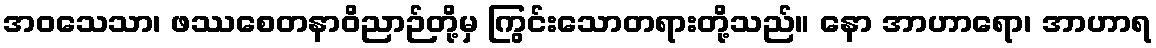
အဝသေသာ၊ ဖဿစေတနာဝိညာဉ်တို့မှ ကြွင်းသောတရားတို့သည်။ နော အာဟာရော၊ အာဟာရ